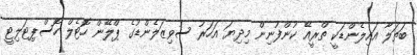
ބަތަލާ އައިލެންޑަކީ ތްރީއޭ ކުންފުނިން މިދިޔަ އަހަރު ސުވިޒަލެންޑުގެ ޕްލޭން ހޮޓެލް ހޮސްޕިޓަލިޓީ